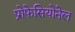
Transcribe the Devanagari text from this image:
प्रोफेसियोनेल